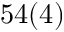
5 4 ( 4 )